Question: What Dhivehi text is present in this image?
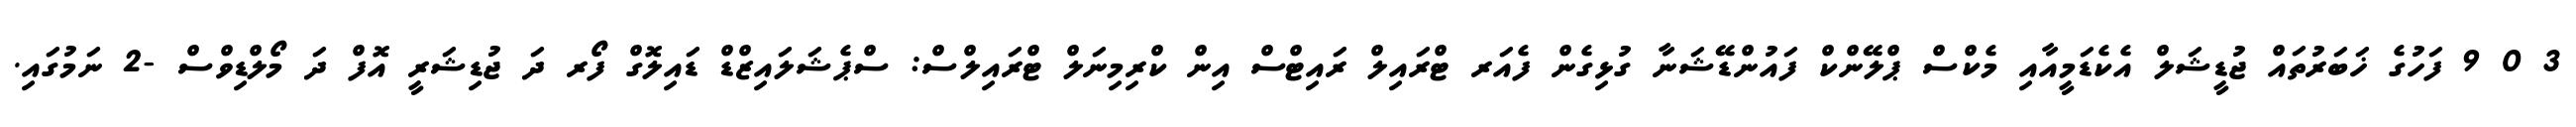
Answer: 3 0 9 ފަހުގެ ޚަބަރުތައް ޖުޑީޝަލް އެކެޑަމީއާއި މެކްސް ޕްލޭންކް ފައުންޑޭޝަނާ ގުޅިގެން ފެއަރ ޓްރައިލް ރައިޓްސް އިން ކްރިމިނަލް ޓްރައިލްސް: ސްޕެޝަލައިޒްޑް ޑައިލޮގް ފޯރ ދަ ޖުޑިޝަރީ އޮފް ދަ މޯލްޑިވްސް -2 ނަމުގައި.